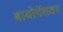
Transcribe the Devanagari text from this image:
बायोगॅसवर